Annual report on the working of the lock hospitals in the North-Western Provinces and Oudh
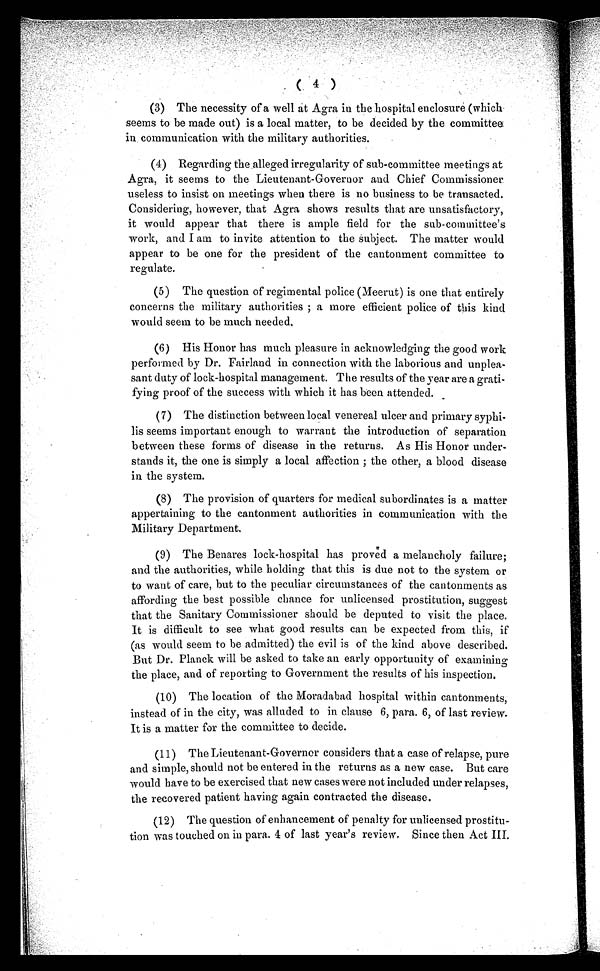
( 4 )
(3) The necessity of a well at Agra in the hospital enclosure (which-
seems to be made out) is a local matter, to be decided by the committee
in communication with the military authorities.
(4) Regarding the alleged irregularity of sub-committee meetings at
Agra, it seems to the Lieutenant-Governor and Chief Commissioner
useless to insist on meetings when there is no business to be transacted.
Considering, however, that Agra shows results that are unsatisfactory,
it would appear that there is ample field for the sub-committee's
work, and I am to invite attention to the subject. The matter would
appear to be one for the president of the cantonment committee to
regulate.
(5) The question of regimental police (Meerut) is one that entirely
concerns the military authorities ; a more efficient police of this kind
would seem to be much needed.
(6) His Honor has much pleasure in acknowledging the good work
performed by Dr. Fairland in connection with the laborious and unplea-
sant duty of lock-hospital management. The results of the year are a grati-
fying proof of the success with which it has been attended.
(7) The distinction between local venereal ulcer and primary syphi-
lis seems important enough to warrant the introduction of separation
between these forms of disease in the returns. As His Honor under-
stands it, the one is simply a local affection ; the other, a blood disease
in the system.
(8) The provision of quarters for medical subordinates is a matter
appertaining to the cantonment authorities in communication with the
Military Department.
(9) The Benares lock-hospital has proved a melancholy failure;
and the authorities, while holding that this is due not to the system or
to want of care, but to the peculiar circumstances of the cantonments as
affording the best possible chance for unlicensed prostitution, suggest
that the Sanitary Commissioner should be deputed to visit the place.
It is difficult to see what good results can be expected from this, if
(as would seem to be admitted) the evil is of the kind above described.
But Dr. Planck will be asked to take an early opportunity of examining
the place, and of reporting to Government the results of his inspection.
(10) The location of the Moradabad hospital within cantonments,
instead of in the city, was alluded to in clause 6, para. 6, of last review.
It is a matter for the committee to decide.
(11) The Lieutenant-Governer considers that a case of relapse, pure
and simple, should not be entered in the returns as a new case. But care
would have to be exercised that new cases were not included under relapses,
the recovered patient having again contracted the disease.
(12) The question of enhancement of penalty for unlicensed prostitu-
tion was touched on in para. 4 of last year's review. Since then Act III.